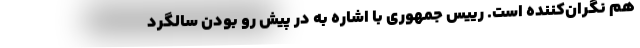
هم نگران‌کننده است. رییس جمهوری با اشاره به در پیش رو بودن سالگرد